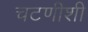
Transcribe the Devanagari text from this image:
चटणीशी